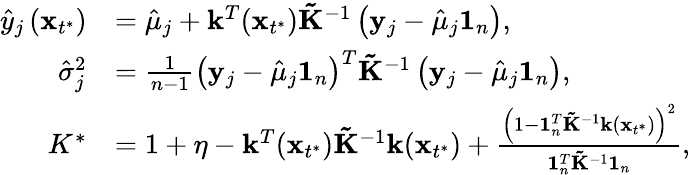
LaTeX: \begin{array}{rl}{\hat{y}_{j}\left(\mathbf x_{t^{*}}\right)}&{=\hat{\mu}_{j}+\mathbf{k}^{T}(\mathbf x_{t^{*}})\mathbf{\tilde{K}}^{-1}\left(\mathbf y_{j}-\hat{\mu}_{j}\mathbf{1}_{n}\right),}\\ {\hat{\sigma}_{j}^{2}}&{=\frac{1}{n-1}\left(\mathbf{y}_{j}-\hat{\mu}_{j}\mathbf{1}_{n}\right)^{T}{\mathbf{\tilde{K}}}^{-1}\left(\mathbf{y}_{j}-\hat{\mu}_{j}\mathbf{1}_{n}\right),}\\ {K^{*}}&{=1+\eta-\mathbf{k}^{T}(\mathbf x_{t^{*}}){\mathbf{\tilde{K}}}^{-1}\mathbf{k}(\mathbf x_{t^{*}})+\frac{\left(1-\mathbf{1}_{n}^{T}{\mathbf{\tilde{K}}}^{-1}\mathbf{k}(\mathbf x_{t^{*}})\right)^{2}}{\mathbf{1}_{n}^{T}{\mathbf{\tilde{K}}}^{-1}\mathbf{1}_{n}},}\end{array}